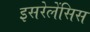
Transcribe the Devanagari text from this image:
इसरेलेंसिस